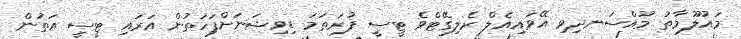
މައުލޫމާތު މުއްސަނދިވި އޭވައިއެލް ރެލިގޭޓްވެ ޓީސީ ފުރަތަމަ ޑިވިޝަނަށްފަހަތުން އަރައި ޓީސީ އަތުން